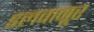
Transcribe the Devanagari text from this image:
डलवानूर